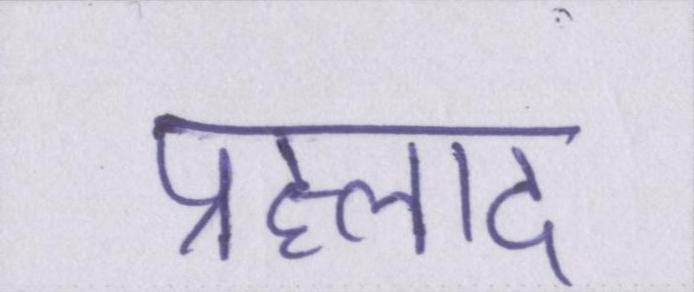
प्रह्लाद